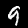
Digit: 9